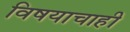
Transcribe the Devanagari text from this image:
विषयाचाही